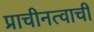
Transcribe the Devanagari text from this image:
प्राचीनत्वाची